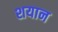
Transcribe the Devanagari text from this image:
शयान